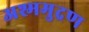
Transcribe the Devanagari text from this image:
अश्ममुद्रण